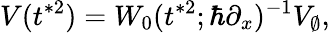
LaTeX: V(t^{*2})=W_{0}(t^{*2};\hbar\partial_{x})^{-1}V_{\emptyset},